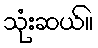
သုံးဆယ်။